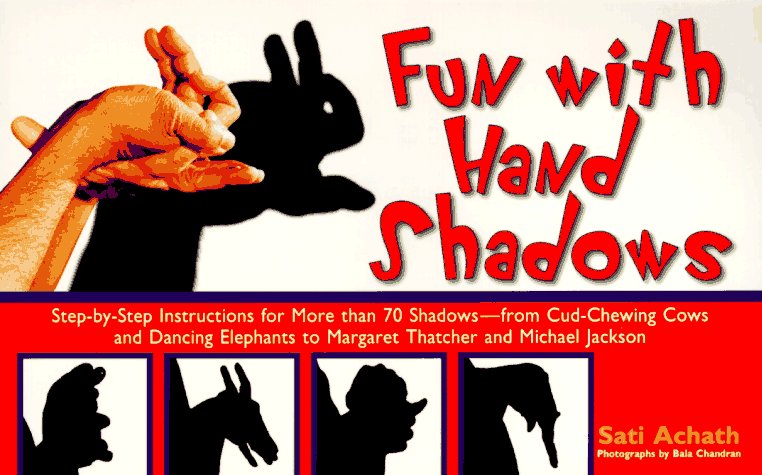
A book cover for Fun with Hand Shadows; Sati Achath; Crafts, Hobbies & Home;